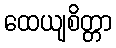
ထေယျစိတ္တာ